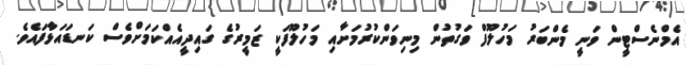
އެމްނެސްޓީން ވަނީ މެންބަރު މަހުލޫފް ވަގުތުން މިނިވަންކުރުމަށާއި މަހުލޫފަކީ ޒަމީރުގެ ގައިދީއެއްކަމަށްވެސް ކަނޑައަޅާފައެވެ.